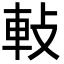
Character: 軙